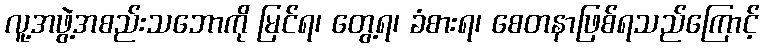
လူ့အဖွဲ့အစည်းသဘောကို မြင်ရ၊ တွေ့ရ၊ ခံစားရ၊ စေတနာဖြစ်ရသည်ကြောင့်